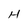
Character: H